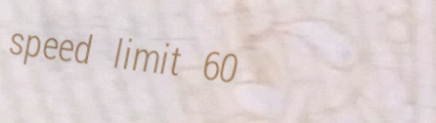
speed limit 60